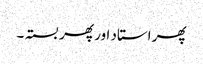
پھر استاد اور پھر بستہ ۔